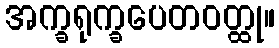
အက္ခရုက္ခပေတဝတ္ထု။